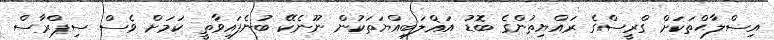
އިސްލާޙްތަކަށް ގްރީސްގެ ރައްޔިތުންގެ ބޮޑު އަޣްލަބިއްޔަތަކުން ނޫނެކޭ ބުނެފައިވާތީ ކަމަށް ވެސް ސިޕްރާސް